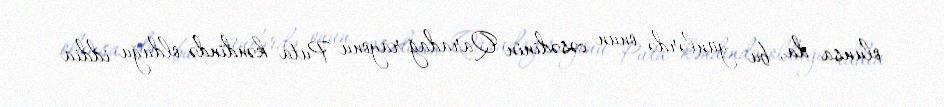
olunsa da, bu günlərdə onun cəsədinin Qaradağ rayonu Puta kəndində olduğu iddia